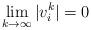
LaTeX: \begin{align*}\lim_{k\rightarrow\infty} |v^k_i|= 0\end{align*}